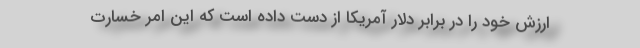
ارزش خود را در برابر دلار آمریکا از دست داده است که این امر خسارت